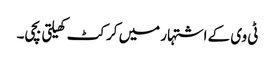
ٹی وی کے اشتہار میں کرکٹ کھیلتی بچی۔